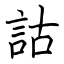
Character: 詁